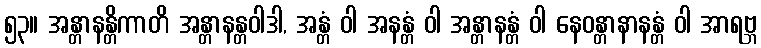
၅၃။ အန္တာနန္တိကာတိ အန္တာနန္တဝါဒါ, အန္တံ ဝါ အနန္တံ ဝါ အန္တာနန္တံ ဝါ နေဝန္တာနာနန္တံ ဝါ အာရဗ္ဘ